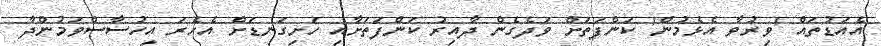
އެއަޑުތައް 'ވިރުވާ އެޅެމުން' ކަންފަތަށް ވަދެގެން ދާއިރު ކަންފަތަށާއި ހަށިގަނޑަށް އެހެރަ އިހުސާސްވަމުންދާ